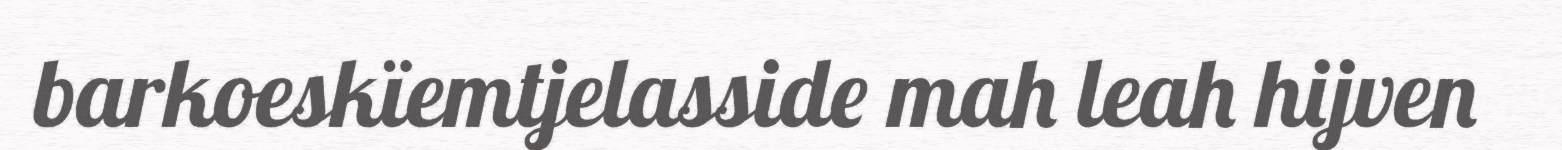
barkoeskïemtjelasside mah leah hijven